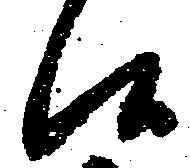
候